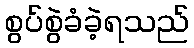
စွပ်စွဲခံခဲ့ရသည်